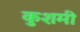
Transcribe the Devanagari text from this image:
कुशमी